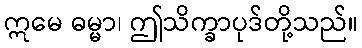
ဣမေ ဓမ္မာ၊ ဤသိက္ခာပုဒ်တို့သည်။